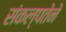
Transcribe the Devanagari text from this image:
संकल्पतेने